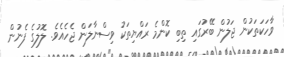
ވާހަކަތަކުން ޖަލުން ބޭރުގައި ތިބި ކޮންމެ ރައްޔިތަކު ވިސްނާލަން ޖެހެއެވެ. ލޮލުގެ ފެނުން